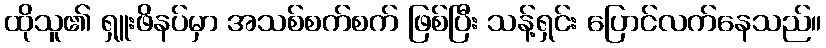
ထိုသူ၏ ရှူးဖိနပ်မှာ အသစ်စက်စက် ဖြစ်ပြီး သန့်ရှင်း ပြောင်လက်နေသည်။